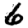
Digit: 6